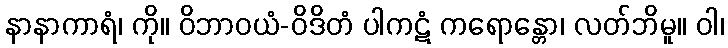
နာနာကာရံ၊ ကို။ ဝိဘာဝယံ-ဝိဒိတံ ပါကဋံ ကရောန္တော၊ လတ်ဘိမူ။ ဝါ၊